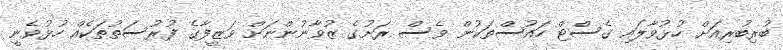
ބުރިބުރިއަށް ހުޅުވާލައި ގެސްޓް ހައުސްތަކުން ވެސް ރަށުގެ ޒުވާނުންނަށް ވަޒީފާގެ ފުރުސަތުތަކެއް ހުޅުވެނީ